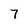
Character: 7